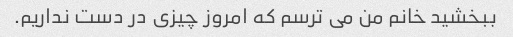
ببخشید خانم من می ترسم که امروز چیزی در دست نداریم.